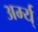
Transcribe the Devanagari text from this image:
अर्म्य्